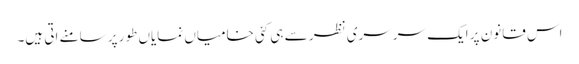
اس قانون پر ایک سرسری نظر سے ہی کئی خامیاں نمایاں طور پر سامنے اتی ہیں۔